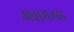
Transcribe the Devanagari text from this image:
अन्नामलाइ